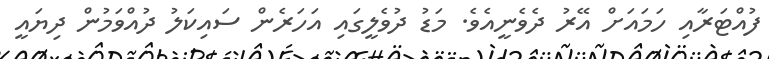
ފުއްޓަރާއި ހަމައަށް އޭރު ދެވެނީއެވެ. މަޑު ދުވެލީގައި އަހަރެން ސައިކަލު ދުއްވަމުން ދިޔައީ